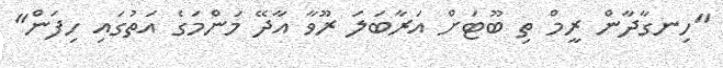
"ހިނގާދާން ރީމް ތި ބޫޓަށް އަރާބަލަ ރޫވާ އާދޭ މަންމަގެ އަތުގައި ހިފަން"